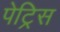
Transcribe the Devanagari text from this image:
पेट्रिस